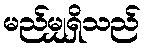
မည်မျှရှိသည်